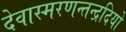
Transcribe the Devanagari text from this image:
देवास्मरणन्तन्द्रदियो